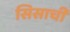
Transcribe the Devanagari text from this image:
सिसाची